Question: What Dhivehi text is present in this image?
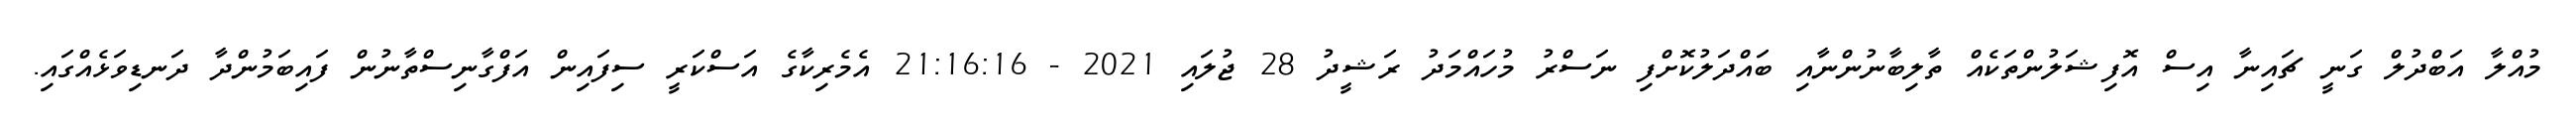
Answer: މުއްލާ އަބްދުލް ގަނީ ޗައިނާ އިސް އޮފިޝަލުންތަކެއް ތާލިބާނުންނާއި ބައްދަލުކޮށްފި ނަސްރު މުހައްމަދު ރަޝީދު 28 ޖުލައި 2021 - 21:16:16 އެމެރިކާގެ އަސްކަރީ ސިފައިން އަފްގާނިސްތާނުން ފައިބަމުންދާ ދަނޑިވަޅެއްގައި.